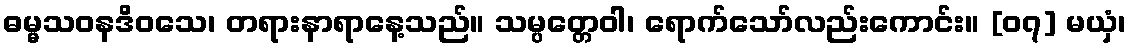
ဓမ္မသဝနဒိဝသေ၊ တရားနာရာနေ့သည်။ သမ္ပတ္တေဝါ၊ ရောက်သော်လည်းကောင်း။ [၀၇] မယှံ၊